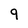
Character: 9